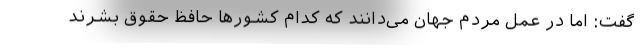
گفت: اما در عمل مردم جهان می‌دانند که کدام کشورها حافظ حقوق بشرند